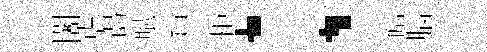
闍虐谒賦貟拒；喧腦